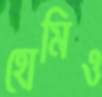
হোমিও